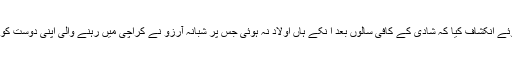
دوران انٹیروگیشن ملزمان نے اپنے جرم کا اعتراف کرتے ہوئے انکشاف کیا کہ شادی کے کافی سالوں بعد اُ نکے ہاں اولاد نہ ہوئی جس پر شبانہ آرزو نے کراچی میں رہنے والی اپنی دوست کو بات بتائی جس نے اُسے کراچی آنے اور بچہ دلوانے کا کہا۔